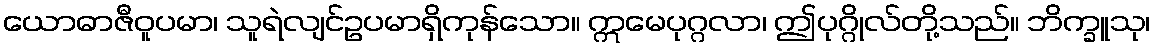
ယောဓာဇီဝူပမာ၊ သူရဲလျင်ဥပမာရှိကုန်သော။ ဣမေပုဂ္ဂလာ၊ ဤပုဂ္ဂိုလ်တို့သည်။ ဘိက္ခူသု၊